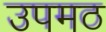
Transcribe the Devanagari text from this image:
उपमठ